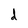
Character: d